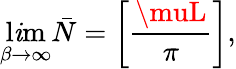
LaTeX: \operatorname*{l\mathit{i}m}_{\beta\rightarrow\infty}\bar{{N}}=\left[{\frac{{\muL}}{{\pi}}}\right],